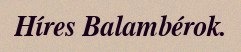
Híres Balambérok.